Report on vaccination North-West Frontier Province 1904-1922 - 1904-1922
Year: 1904
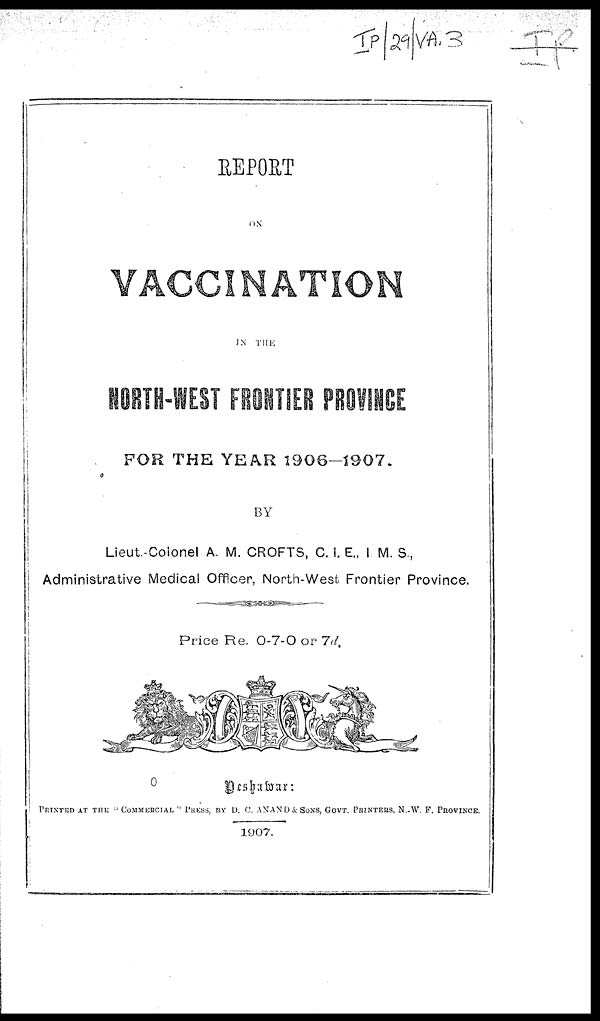
REPORT
ON
VACCINATION
IN THE
FOR THE YEAR 1906-1907.
BY
Lieut-Colonel A. M. CROFTS, C. I. E., I M. S.,
Administrative Medical Officer, North-West Frontier Province.
Price Re. 0-7-0 or 7d.
Peshawar:
PRINTED AT THE " COMMERCIAL ” PRESS, BY D. C. ANAND & SONS, GOVT. PRINTERS, N.-W. F. PROVINCE.
1907.